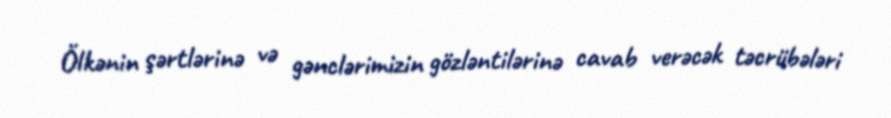
Ölkənin şərtlərinə və gənclərimizin gözləntilərinə cavab verəcək təcrübələri